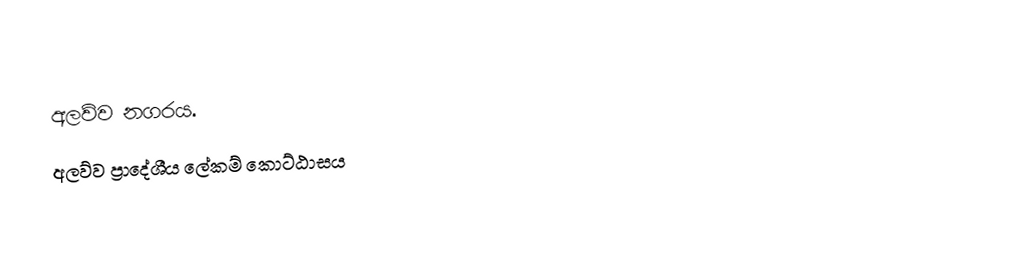
අලව්ව නගරය.
 අලව්ව ප්‍රාදේශීය ලේකම් කොට්ඨාසය